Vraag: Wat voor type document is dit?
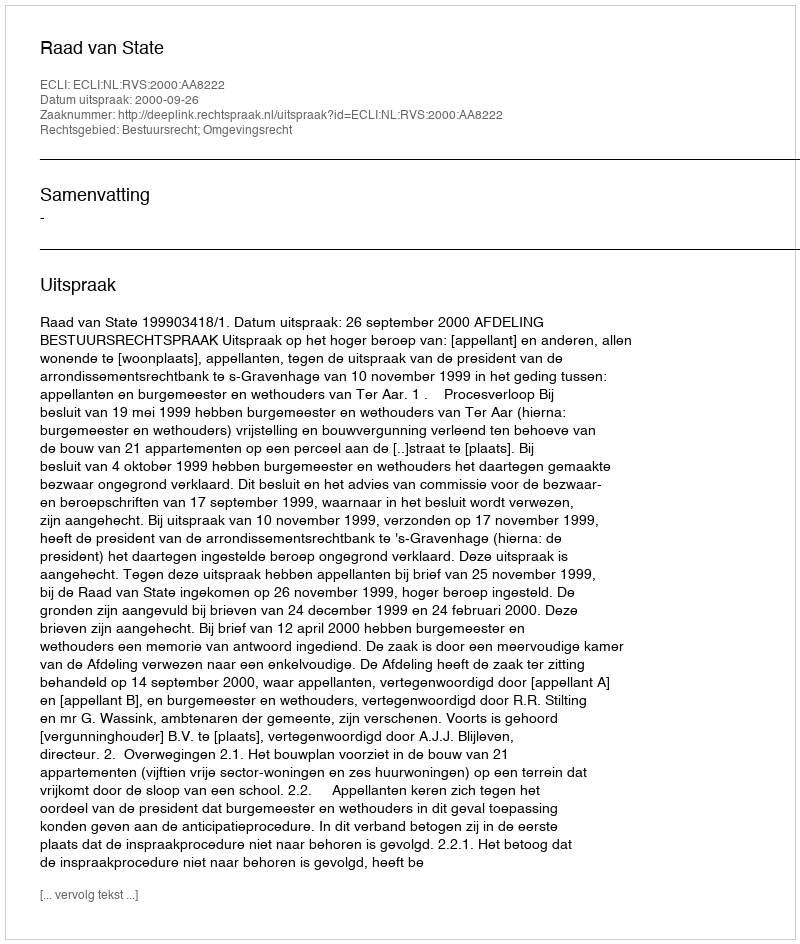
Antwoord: Uitspraak